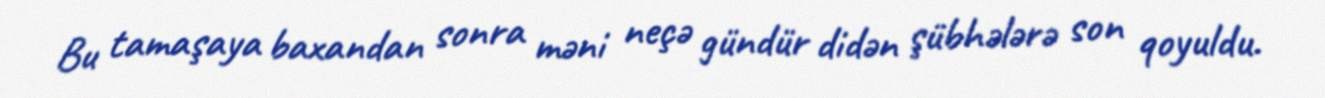
Bu tamaşaya baxandan sonra məni neçə gündür didən şübhələrə son qoyuldu.